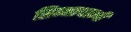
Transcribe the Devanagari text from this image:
सिन्नाथाम्बी